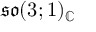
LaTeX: { \mathfrak { s o } } ( 3 ; 1 ) _ { \mathbb { C } }